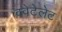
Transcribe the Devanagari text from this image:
क्वेटेलेट